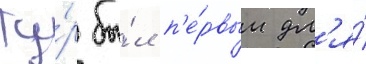
Ту́р бы́л п'е́рвым дл'я́